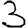
Digit: 3